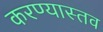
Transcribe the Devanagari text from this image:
करण्यास्तव